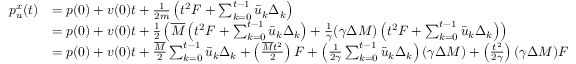
\begin{array} { r l } { p _ { u } ^ { x } ( t ) } & { = p ( 0 ) + v ( 0 ) t + \frac { 1 } { 2 m } \left( t ^ { 2 } F + \sum _ { k = 0 } ^ { t - 1 } \bar { u } _ { k } \Delta _ { k } \right) } \\ & { = p ( 0 ) + v ( 0 ) t + \frac { 1 } { 2 } \left( \overline { { M } } \left( t ^ { 2 } F + \sum _ { k = 0 } ^ { t - 1 } \bar { u } _ { k } \Delta _ { k } \right) + \frac { 1 } { \gamma } ( \gamma \Delta M ) \left( t ^ { 2 } F + \sum _ { k = 0 } ^ { t - 1 } \bar { u } _ { k } \Delta _ { k } \right) \right) } \\ & { = p ( 0 ) + v ( 0 ) t + \frac { \overline { { M } } } { 2 } \sum _ { k = 0 } ^ { t - 1 } \bar { u } _ { k } \Delta _ { k } + \left( \frac { \overline { { M } } t ^ { 2 } } { 2 } \right) F + \left( \frac { 1 } { 2 \gamma } \sum _ { k = 0 } ^ { t - 1 } \bar { u } _ { k } \Delta _ { k } \right) ( \gamma \Delta M ) + \left( \frac { t ^ { 2 } } { 2 \gamma } \right) ( \gamma \Delta M ) F } \end{array}